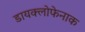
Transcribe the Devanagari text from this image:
डायक्लोफेनाक